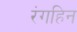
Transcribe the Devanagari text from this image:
रंगहिन